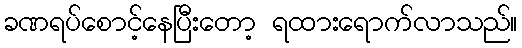
ခဏရပ်စောင့်နေပြီးတော့ ရထားရောက်လာသည်။